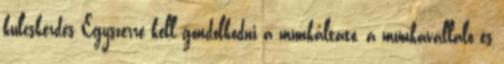
kulcskérdés Egyszerre kell gondolkodni a munkáltató, a munkavállaló és